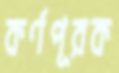
কর্ণপূরক